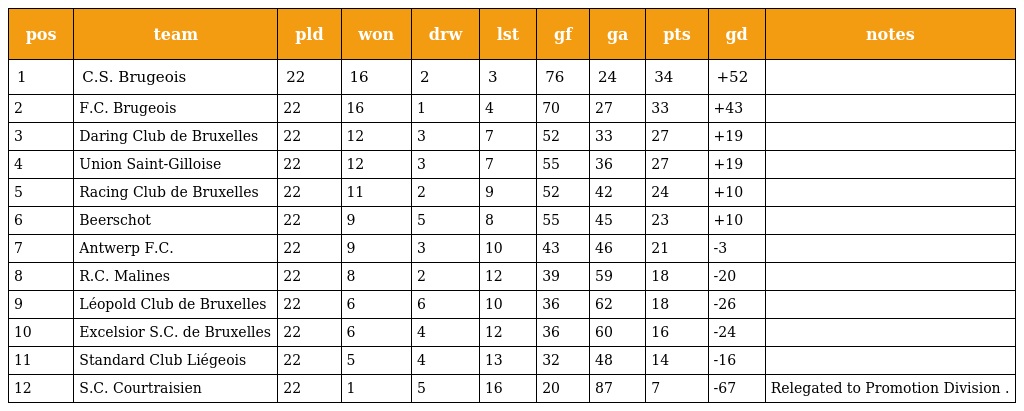
| pos | team | pld | won | drw | lst | gf | ga | pts | gd | notes |
 | --- | --- | --- | --- | --- | --- | --- | --- | --- | --- | --- |
 | 1 | C.S. Brugeois | 22 | 16 | 2 | 3 | 76 | 24 | 34 | +52 |  |
 | 2 | F.C. Brugeois | 22 | 16 | 1 | 4 | 70 | 27 | 33 | +43 |  |
 | 3 | Daring Club de Bruxelles | 22 | 12 | 3 | 7 | 52 | 33 | 27 | +19 |  |
 | 4 | Union Saint-Gilloise | 22 | 12 | 3 | 7 | 55 | 36 | 27 | +19 |  |
 | 5 | Racing Club de Bruxelles | 22 | 11 | 2 | 9 | 52 | 42 | 24 | +10 |  |
 | 6 | Beerschot | 22 | 9 | 5 | 8 | 55 | 45 | 23 | +10 |  |
 | 7 | Antwerp F.C. | 22 | 9 | 3 | 10 | 43 | 46 | 21 | -3 |  |
 | 8 | R.C. Malines | 22 | 8 | 2 | 12 | 39 | 59 | 18 | -20 |  |
 | 9 | Léopold Club de Bruxelles | 22 | 6 | 6 | 10 | 36 | 62 | 18 | -26 |  |
 | 10 | Excelsior S.C. de Bruxelles | 22 | 6 | 4 | 12 | 36 | 60 | 16 | -24 |  |
 | 11 | Standard Club Liégeois | 22 | 5 | 4 | 13 | 32 | 48 | 14 | -16 |  |
 | 12 | S.C. Courtraisien | 22 | 1 | 5 | 16 | 20 | 87 | 7 | -67 | Relegated to Promotion Division . |